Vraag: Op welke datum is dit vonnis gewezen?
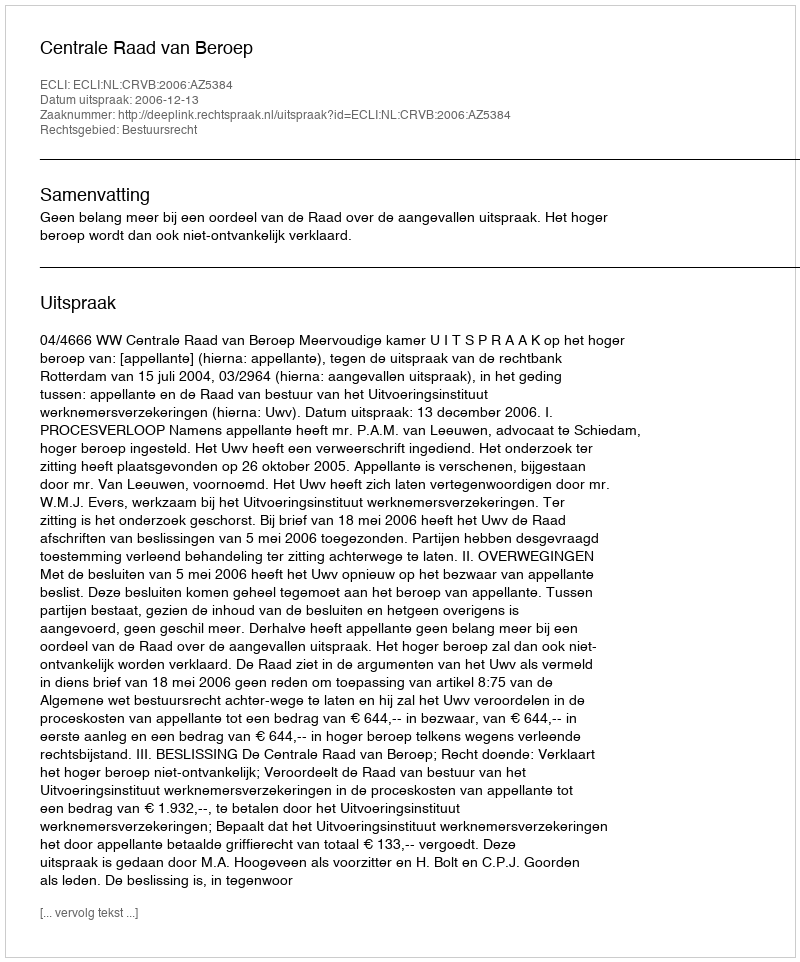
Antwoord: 2006-12-13